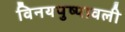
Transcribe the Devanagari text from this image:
विनयपुष्पावली